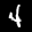
Digit: 4